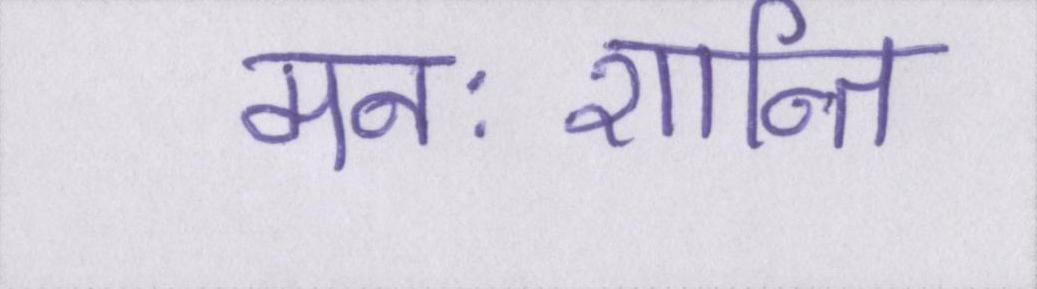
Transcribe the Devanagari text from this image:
मनःशान्ति